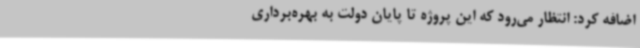
اضافه کرد: انتظار می‌رود که این پروژه تا پایان دولت به بهره‌برداری